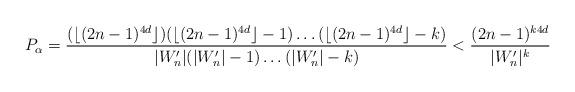
LaTeX: \begin{align*}P_{\alpha} = \frac{( \lfloor (2n-1)^{ 4d }\rfloor )(\lfloor (2n-1)^{ 4d }\rfloor - 1) \dots (\lfloor (2n-1)^{ 4d }\rfloor - k) }{|W'_n| (|W'_n| - 1) \dots (|W'_n| - k)} < \frac{(2n-1)^{k 4 d}}{|W'_n|^{k}}\end{align*}